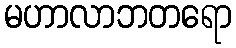
မဟာလာဘတရော